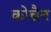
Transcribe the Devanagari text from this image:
कोच्रैन